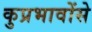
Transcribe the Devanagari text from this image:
कुप्रभावोंसे